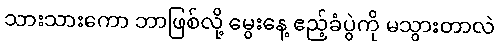
သားသားကော ဘာဖြစ်လို့ မွေးနေ့ ဧည့်ခံပွဲကို မသွားတာလဲ